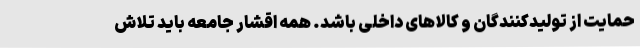
حمایت از تولیدکنندگان و کالاهای داخلی باشد. همه اقشار جامعه باید تلاش